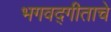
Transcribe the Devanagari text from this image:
भगवद्गीताचे